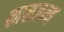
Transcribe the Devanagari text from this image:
काकजन्म